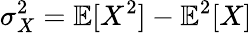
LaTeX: \sigma_{X}^{2}=\mathbb{E}[X^{2}]-\mathbb{E}^{2}[X]